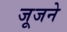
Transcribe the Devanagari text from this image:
जूजने